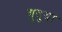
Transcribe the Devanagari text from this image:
गुदुया